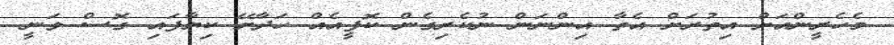
މެހެރީންއަށް އިތުރަށް އެތާ އިންނަން ނުކެރިގެން ކޮފީއެއް ހަދާށޭ ކިޔާފައި ގޮސް ވަނީ